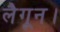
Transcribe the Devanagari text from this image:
लैगून।